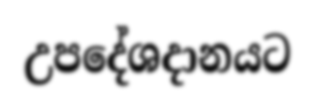
උපදේශදානයට